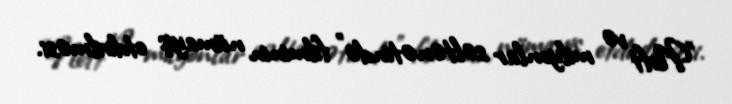
"Neft və milyonlar səltənətində" filminin nümayiş etdirilməsi.